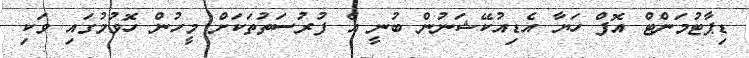
ޑިޕާޓުމަންޓް އޮފް ހަޔާ އެޑިއުކޭޝަނުން ބުނީ އެ ފުރުސަތުތަކަށް މީހުން ހޮވުމުގައި ވަކި